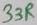
Text: 33R